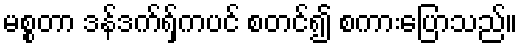
မစ္စတာ ဒန်ဒက်ရှ်ကပင် စတင်၍ စကားပြောသည်။